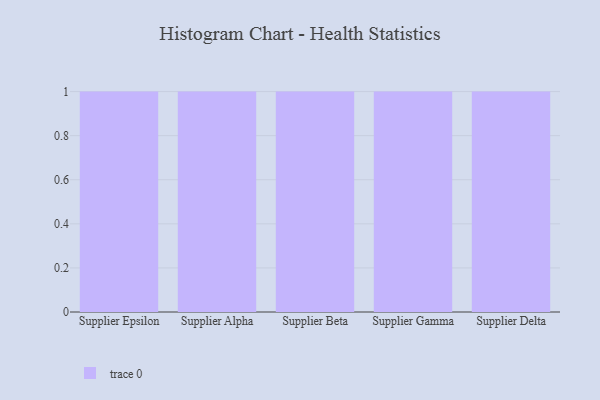
{"axis": {"x": "Supplier", "y": "LTV (USD)"}, "legend": [""], "data": [{"x": "Supplier Epsilon", "y": 74, "type": ""}, {"x": "Supplier Alpha", "y": 63, "type": ""}, {"x": "Supplier Beta", "y": 12, "type": ""}, {"x": "Supplier Gamma", "y": 96, "type": ""}, {"x": "Supplier Delta", "y": 47, "type": ""}]}